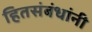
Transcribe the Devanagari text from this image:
हितसंबंधांनी